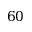
6 0